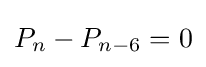
P_{n}-P_{n-6}=0